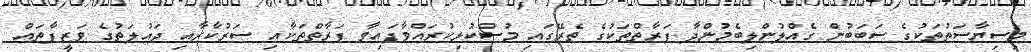
މިސިޔާސަތުތަކުގެ ސަބަބުން ގެއްލުންލިބެމުންދާ ފަރާތްތަކުގެ ތެރޭގައި މުސްކުޅިކުރައްވާފައިވާ ފަރާތްތަކާއި ސަރުކާރާއި ދައުލަތުގެ ވަޒީފާތައް